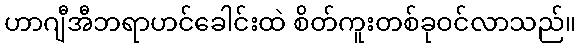
ဟာဂျီအီဘရာဟင်ခေါင်းထဲ စိတ်ကူးတစ်ခုဝင်လာသည်။